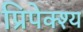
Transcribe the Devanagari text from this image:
प्रिपेक्श्य